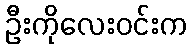
ဦးကိုလေးဝင်းက